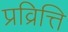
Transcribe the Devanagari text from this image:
प्रव्रित्ति